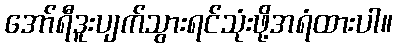
အော်ရီဒူးပျက်သွားရင်သုံးဖို့အရံထားပါ။